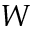
W